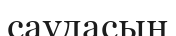
саудасын